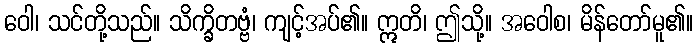
ဝေါ၊ သင်တို့သည်။ သိက္ခိတဗ္ဗံ၊ ကျင့်အပ်၏။ ဣတိ၊ ဤသို့။ အဝေါစ၊ မိန်တော်မူ၏။